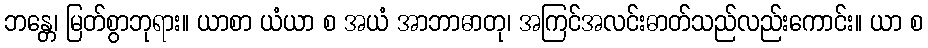
ဘန္တေ၊ မြတ်စွာဘုရား။ ယာစာ ယံယာ စ အယံ အာဘာဓာတု၊ အကြင်အလင်းဓာတ်သည်လည်းကောင်း။ ယာ စ